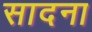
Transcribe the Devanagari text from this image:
सादना